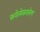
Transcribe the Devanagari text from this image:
करोत्येकरात्रेण